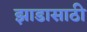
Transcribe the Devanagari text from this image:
झाडासाठी